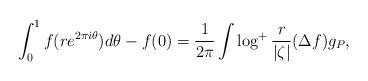
LaTeX: \begin{align*}\int_0^1 f(re^{2\pi i\theta})d\theta -f(0)={1\over 2\pi}\int \log^+{r\over |\zeta|}(\Delta f) g_P,\end{align*}